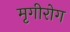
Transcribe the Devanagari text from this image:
मृगीरोग